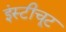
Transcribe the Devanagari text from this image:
इंस्टीचूट